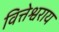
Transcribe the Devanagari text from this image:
वित्तेश्वराय